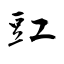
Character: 豇